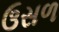
ઉસળ